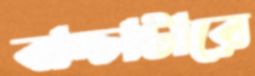
বাচ্চাটারে